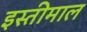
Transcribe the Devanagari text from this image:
इस्तीमाल